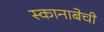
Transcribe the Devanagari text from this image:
स्कानाबेची